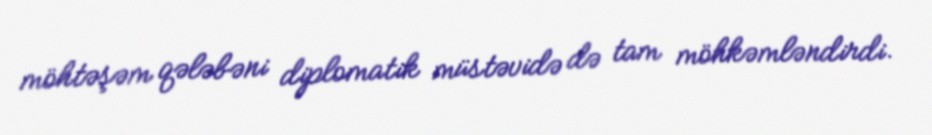
möhtəşəm qələbəni diplomatik müstəvidə də tam möhkəmləndirdi.